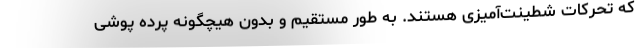
که تحرکات شطینت‌آمیزی هستند. به طور مستقیم و بدون هیچگونه پرده پوشی